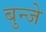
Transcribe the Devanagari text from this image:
बुन्जे